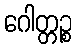
ဂေါတ္တဉ္စ